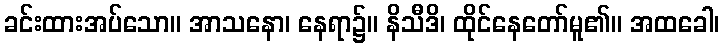
ခင်းထားအပ်သော။ အာသနော၊ နေရာ၌။ နိသီဒိ၊ ထိုင်နေတော်မူ၏။ အထခေါ၊